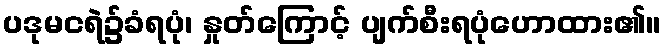
ပဒုမငရဲ၌ခံရပုံ၊ နှုတ်ကြောင့် ပျက်စီးရပုံဟောထား၏။